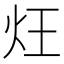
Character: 𤆦